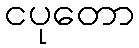
ငပုတော